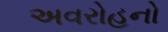
અવરોહનો